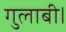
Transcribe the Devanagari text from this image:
गुलाबी।